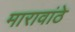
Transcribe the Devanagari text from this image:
मारावांठे